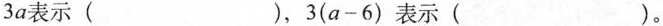
3a表示( )，3(a-6)表示( )。